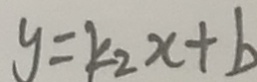
y = k _ { 2 } x + b